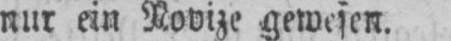
nur ein Novize gewesen.